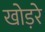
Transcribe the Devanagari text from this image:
खोड़रे